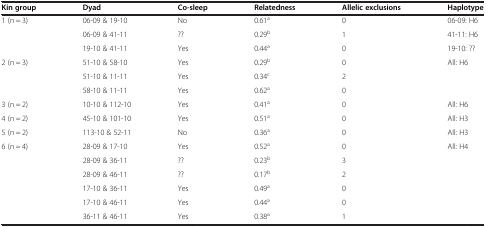
| Kin group | Dyad | Co-sleep | Relatedness | Allelic exclusions | Haplotype |
 | --- | --- | --- | --- | --- | --- |
 | <ROWSPAN=3> 1 (n = 3) | 06-09 & 19-10 | No | 0.61a | 0 | 06-09: H6 |
 | 06-09 & 41-11 | ?? | 0.29b | 1 | 41-11: H6 |
 | 19-10 & 41-11 | Yes | 0.44a | 0 | 19-10: ?? |
 | <ROWSPAN=3> 2 (n = 3) | 51-10 & 58-10 | Yes | 0.29b | 0 | <ROWSPAN=3> All: H6 |
 | 51-10 & 11-11 | Yes | 0.34c | 2 |
 | 58-10 & 11-11 | Yes | 0.62a | 0 |
 | 3 (n = 2) | 10-10 & 112-10 | Yes | 0.41a | 0 | All: H6 |
 | 4 (n = 2) | 45-10 & 101-10 | Yes | 0.51a | 0 | All: H3 |
 | 5 (n = 2) | 113-10 & 52-11 | No | 0.36a | 0 | All: H3 |
 | <ROWSPAN=5> 6 (n = 4) | 28-09 & 17-10 | Yes | 0.52a | 0 | <ROWSPAN=5> All: H4 |
 | 28-09 & 36-11 | ?? | 0.23b | 3 |
 | 28-09 & 46-11 | ?? | 0.17b | 2 |
 | 17-10 & 36-11 | Yes | 0.49a | 0 |
 | 17-10 & 46-11 | Yes | 0.44a | 0 |
 |  | 36-11 & 46-11 | Yes | 0.38a | 1 |  |